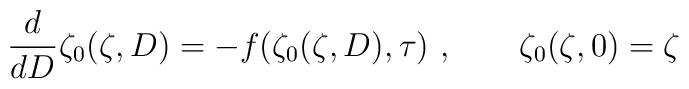
{d \over d D} \zeta_0(\zeta,D) = -f(\zeta_0(\zeta,D),\tau)\ ,   \qquad \zeta_0(\zeta,0) = \zeta